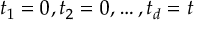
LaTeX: t _ { 1 } = 0 , t _ { 2 } = 0 , \ldots , t _ { d } = t